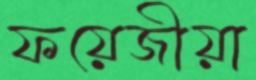
ফয়েজীয়া